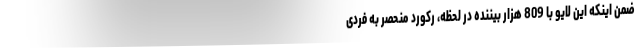
ضمن اینکه این لایو با 809 هزار بیننده در لحظه، رکورد منحصر به فردی